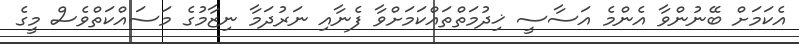
އެކަމަށް ބޭނުންވާ އެންމެ އަސާސީ ޚިދުމަތްތައްކަމަށްވާ ފެނާއި ނަރުދަމާ ނިޒާމުގެ މަސައްކަތްވެސް މީގެ